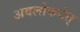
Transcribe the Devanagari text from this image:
अवलोकयेत्